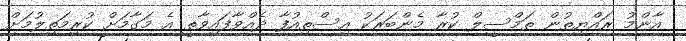
އާންމު ރައްޔިތުން ތަމްސީލް ކުރާ މެންބަރަކު އިސްތިއުފާ ދެއްވާފައިވާތީ އެ މަގާމަށް ކުރިމަތިލުމަށް